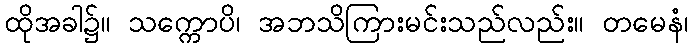
ထိုအခါ၌။ သက္ကောပိ၊ အဘသိကြားမင်းသည်လည်း။ တမေနံ၊